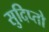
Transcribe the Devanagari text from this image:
सुदिप्तो